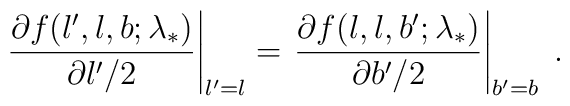
\left.\frac{\partial f(l^{\prime},l,b;\lambda_*)}{\partial l^\prime /2}\right|_{l^\prime=l}=\left.\frac{\partial f(l,l,b^\prime;\lambda_*)}{\partial b^\prime /2}\right|_{b^\prime=b}\;.